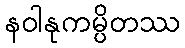
နဝါနုကမ္ပိတဿ